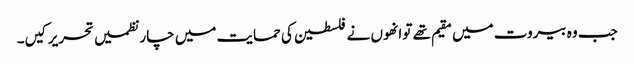
جب وہ بیروت میں مقیم تھے تو انھوں نے فلسطین کی حمایت میں چار نظمیں تحریر کیں۔